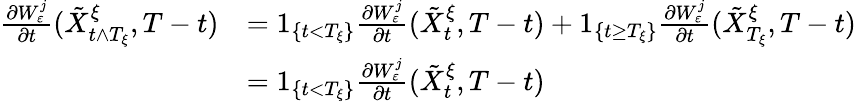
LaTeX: \begin{array}{rl}{\frac{\partial W_{\varepsilon}^{j}}{\partial t}(\tilde{X}_{t\wedge T_{\xi}}^{\xi},T-t)}&{=1_{\left\{ t<T_{\xi}\right\} }\frac{\partial W_{\varepsilon}^{j}}{\partial t}(\tilde{X}_{t}^{\xi},T-t)+1_{\left\{ t\geq T_{\xi}\right\} }\frac{\partial W_{\varepsilon}^{j}}{\partial t}(\tilde{X}_{T_{\xi}}^{\xi},T-t)}\\ &{=1_{\left\{ t<T_{\xi}\right\} }\frac{\partial W_{\varepsilon}^{j}}{\partial t}(\tilde{X}_{t}^{\xi},T-t)}\end{array}